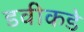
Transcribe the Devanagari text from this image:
डवीकडे